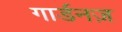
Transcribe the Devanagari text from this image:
गार्डनज़